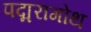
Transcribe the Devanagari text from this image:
पद्मरागोथ